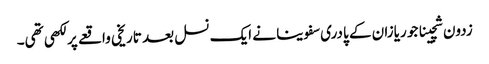
زدون شچینا جو ریازان کے پادری سفوینا نے ایک نسل بعد تاریخی واقعے پر لکھی تھی۔